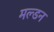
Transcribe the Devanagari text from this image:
मल्‍डन